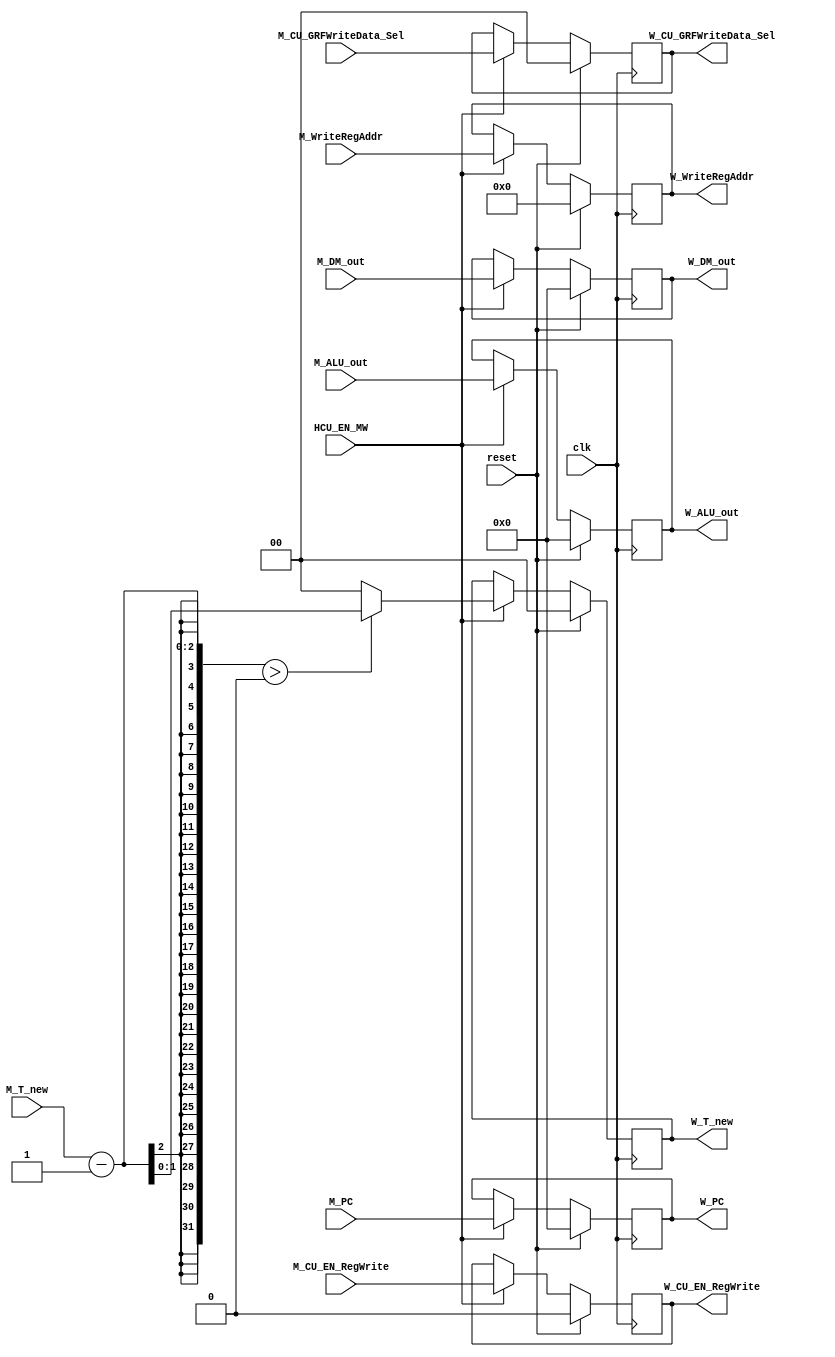
`timescale 1ns / 1ps
//-------------------------------------------------------------------------------------------


//--------------------------------------------------------------------------------------------------------
module M_W (
    input clk,
    input reset,
    input HCU_EN_MW,
    input [4:0] M_WriteRegAddr,
    input [31:0] M_ALU_out,
    input [31:0] M_DM_out,
    input [31:0] M_PC,
    input M_CU_EN_RegWrite,
    input [1:0] M_CU_GRFWriteData_Sel,
    input [1:0] M_T_new,

    output reg [4:0] W_WriteRegAddr,
    output reg [31:0] W_ALU_out,
    output reg [31:0] W_DM_out,
    output reg [31:0] W_PC,
    output reg W_CU_EN_RegWrite,
    output reg [1:0] W_CU_GRFWriteData_Sel,
    output reg [1:0] W_T_new  
);
//----------------------------------------------------------------------------------------------------


//W_reg-------------------------------------------------------------------------------------------
    always @(posedge clk) begin
        if (reset) begin
            W_WriteRegAddr <= 5'b00000;
            W_ALU_out <= 32'H0000_0000;
            W_DM_out <= 32'H0000_0000;
            W_PC <= 32'H0000_0000;
            W_CU_EN_RegWrite <= 1'b0;
            W_CU_GRFWriteData_Sel <= 2'b00;
            W_T_new <= 2'b00;
        end
        else begin
            if (HCU_EN_MW) begin
                W_WriteRegAddr <= M_WriteRegAddr;
                W_ALU_out <= M_ALU_out;
                W_DM_out <=  M_DM_out;
                W_PC <= M_PC;
                W_CU_EN_RegWrite <= M_CU_EN_RegWrite;
                W_CU_GRFWriteData_Sel <= M_CU_GRFWriteData_Sel;
                W_T_new <= (M_T_new - 1 > 0) ? (M_T_new - 1) : 0;     
            end
        end
    end
//--------------------------------------------------------------------------------------------------


endmodule